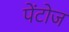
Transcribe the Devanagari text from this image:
पेंटोज